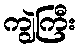
ကျွဲကြီး